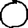
Digit: 0